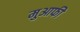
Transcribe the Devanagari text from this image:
मुआफी